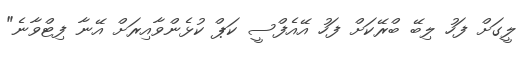
ލީގަށް ފަހު ލިބޭ ބްރޭކަށް ފަހު އޭއެފްސީ ކަޕް ކުޅެންވާއިރަށް އޭނާ ފިޓްވާނެ"